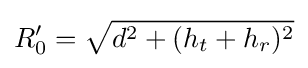
R_{0}'={\sqrt {d^{2}+(h_{t}+h_{r})^{2}}}